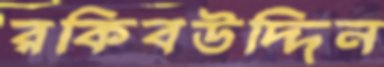
রকিবউদ্দিন